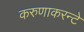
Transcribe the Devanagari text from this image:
करुणाकरन्टे